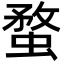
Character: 蝥